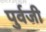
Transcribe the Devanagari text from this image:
पुर्वजी